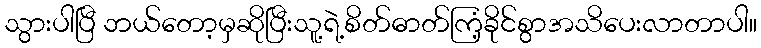
သွားပါပြီ ဘယ်တော့မှဆိုပြီးသူ့ရဲ့စိတ်ဓာတ်ကြံ့ခိုင်စွာအသိပေးလာတာပါ။